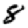
Digit: 8